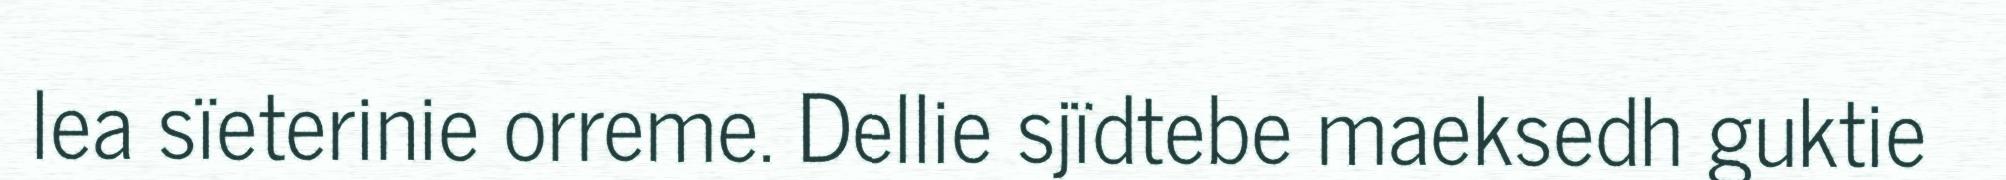
lea sïeterinie orreme. Dellie sjïdtebe maeksedh guktie